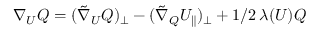
{ \nabla _ { U } } Q = ( \tilde { \nabla } _ { U } Q ) _ { \perp } - ( \tilde { \nabla } _ { Q } U _ { \parallel } ) _ { \perp } + 1 / 2 \, \lambda ( U ) Q